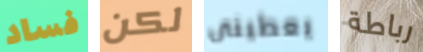
فساد لكن يعطينى رباطة